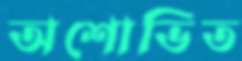
অশোভিত